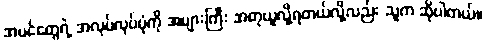
အပင်တွေရဲ့ အလုပ်လုပ်ပုံကို အများကြီး အတုယူလို့ရတယ်လို့လည်း သူက ဆိုပါတယ်။